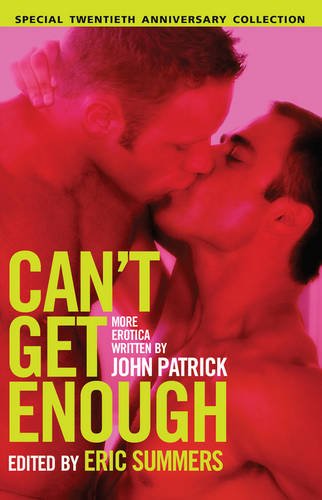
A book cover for Can't Get Enough: More Erotica from John Patrick; John Patrick; Romance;